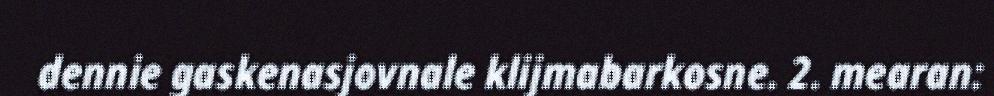
dennie gaskenasjovnale klijmabarkosne. 2. mearan: